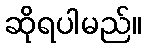
ဆိုရပါမည်။